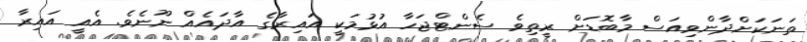
ތަނަކަށްދާންވިއަސް މާބޮޑަށް ރީތިވެ ސެންޓްޖަހާ އުޅުމަކީ އައިރާގެ އާދައެއް ނޫނެވެ. އެއީ އައިރާ